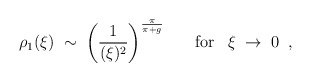
\begin{align*}\rho_1(\xi) \; \sim \; \left( \frac{1}{(\xi)^2} \right)^{\frac{\pi}{\pi+g}}\; \; \; \; \; \; \mbox{for} \; \; \; \xi \; \rightarrow \; 0 \; \; ,\end{align*}